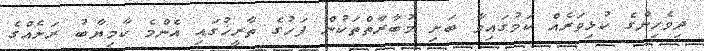
ދިވެހިންގެ ކުޅިވަރެއް ކަމުގައިވާ ބަށި މުބާރާތްތަކުން ފަހުގެ ތާރީޚުގައި އެންމެ ކާމިޔާބު ރަށެއްގެ